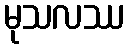
မုသလဿ